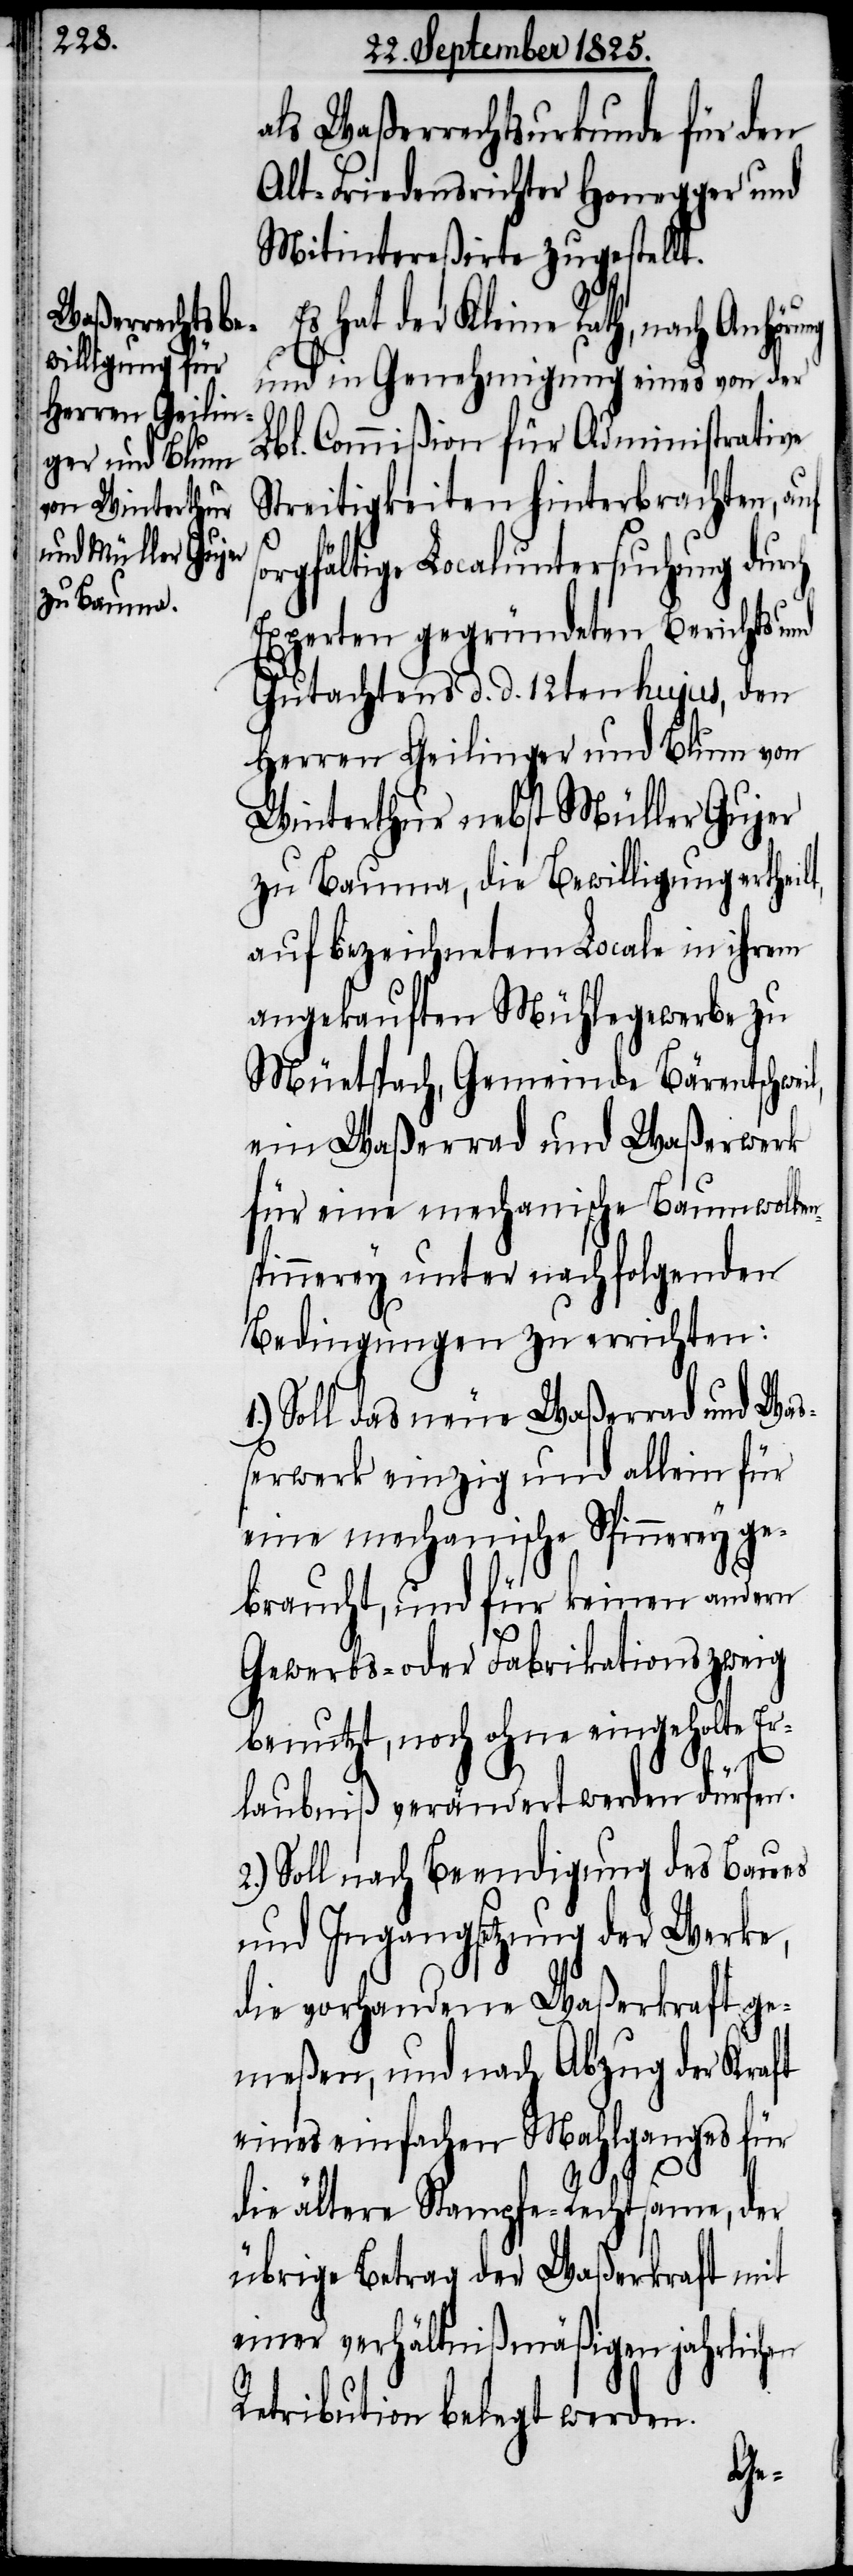
als Waßerrechtsurkunde für den
Alt-Friedensrichter Honegger und
Mitintereßirte zugestellt.
Es hat der Kleine Rath, nach Anhörung
und in Genehmigung eines von der
Lbl. Commißion für Administrative
Streitigkeiten hinterbrachten, auf
orgfältige Localuntersuchung durch
Experten gegründeten Berichts und
Gutachtens d. d. 12ten hujus, den
Herren Geilinger und Blum von
Winterthur nebst Müller Gujer
zu Bauma, die Bewilligung ertheilt,
auf bezeichnetem Locale in ihrem
angekauften Mühlegewerbe zu
Müetspach, Gemeinde Bärentschwe¬
ein Waßerrad und Waßerwerk
für eine mechanische Baumwolle¬
pinnerey unter nachfolgenden
Bedingungen zu errichten:
Soll das neue Waßerrad und Was¬
serwerk einzig und allein für
eine mechanische Spinnerey ge¬
braucht, und für keinen andern
Gewerbs- oder Fabrikationszweig
benutzt, noch ohne eingeholte Er¬
laubniß verändert werden dürfen.
2.) Soll nach Beendigung des Baues
und Ingangsetzung der Werke,
die vorhandene Waßerkraft ge¬
meßen, und nach Abzug der Kraft
eines einfachen Mahlganges für
die ältere Stapfe-Rechtsame, der
übrige Betrag der Waßerkraft mit
einer verhältnißmäßigen jahrlichen
Retribution belegt werden.
n-S¬